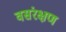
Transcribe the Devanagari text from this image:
वसंरक्षण